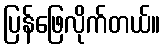
ပြန်ဖြေလိုက်တယ်။